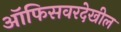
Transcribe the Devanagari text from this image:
ऑफिसवरदेखील